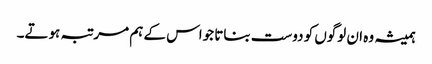
ہمیشہ وہ ان لوگوں کو دوست بناتا جواس کے ہم مر تبہ ہوتے۔